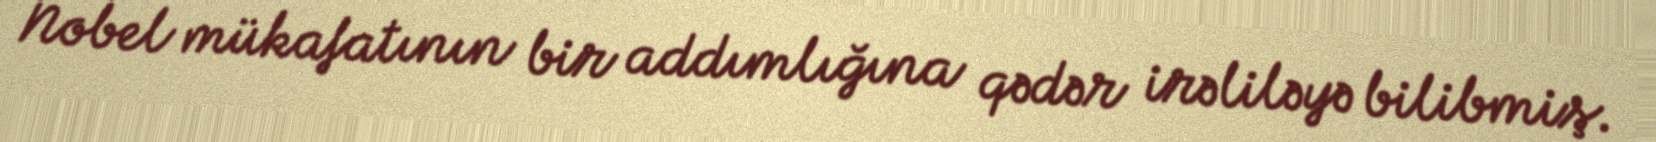
Nobel mükafatının bir addımlığına qədər irəliləyə bilibmiş.